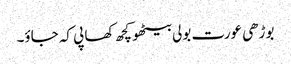
بوڑھی عورت بولی بیٹھو کچھ کھا پی کہ جاؤ۔